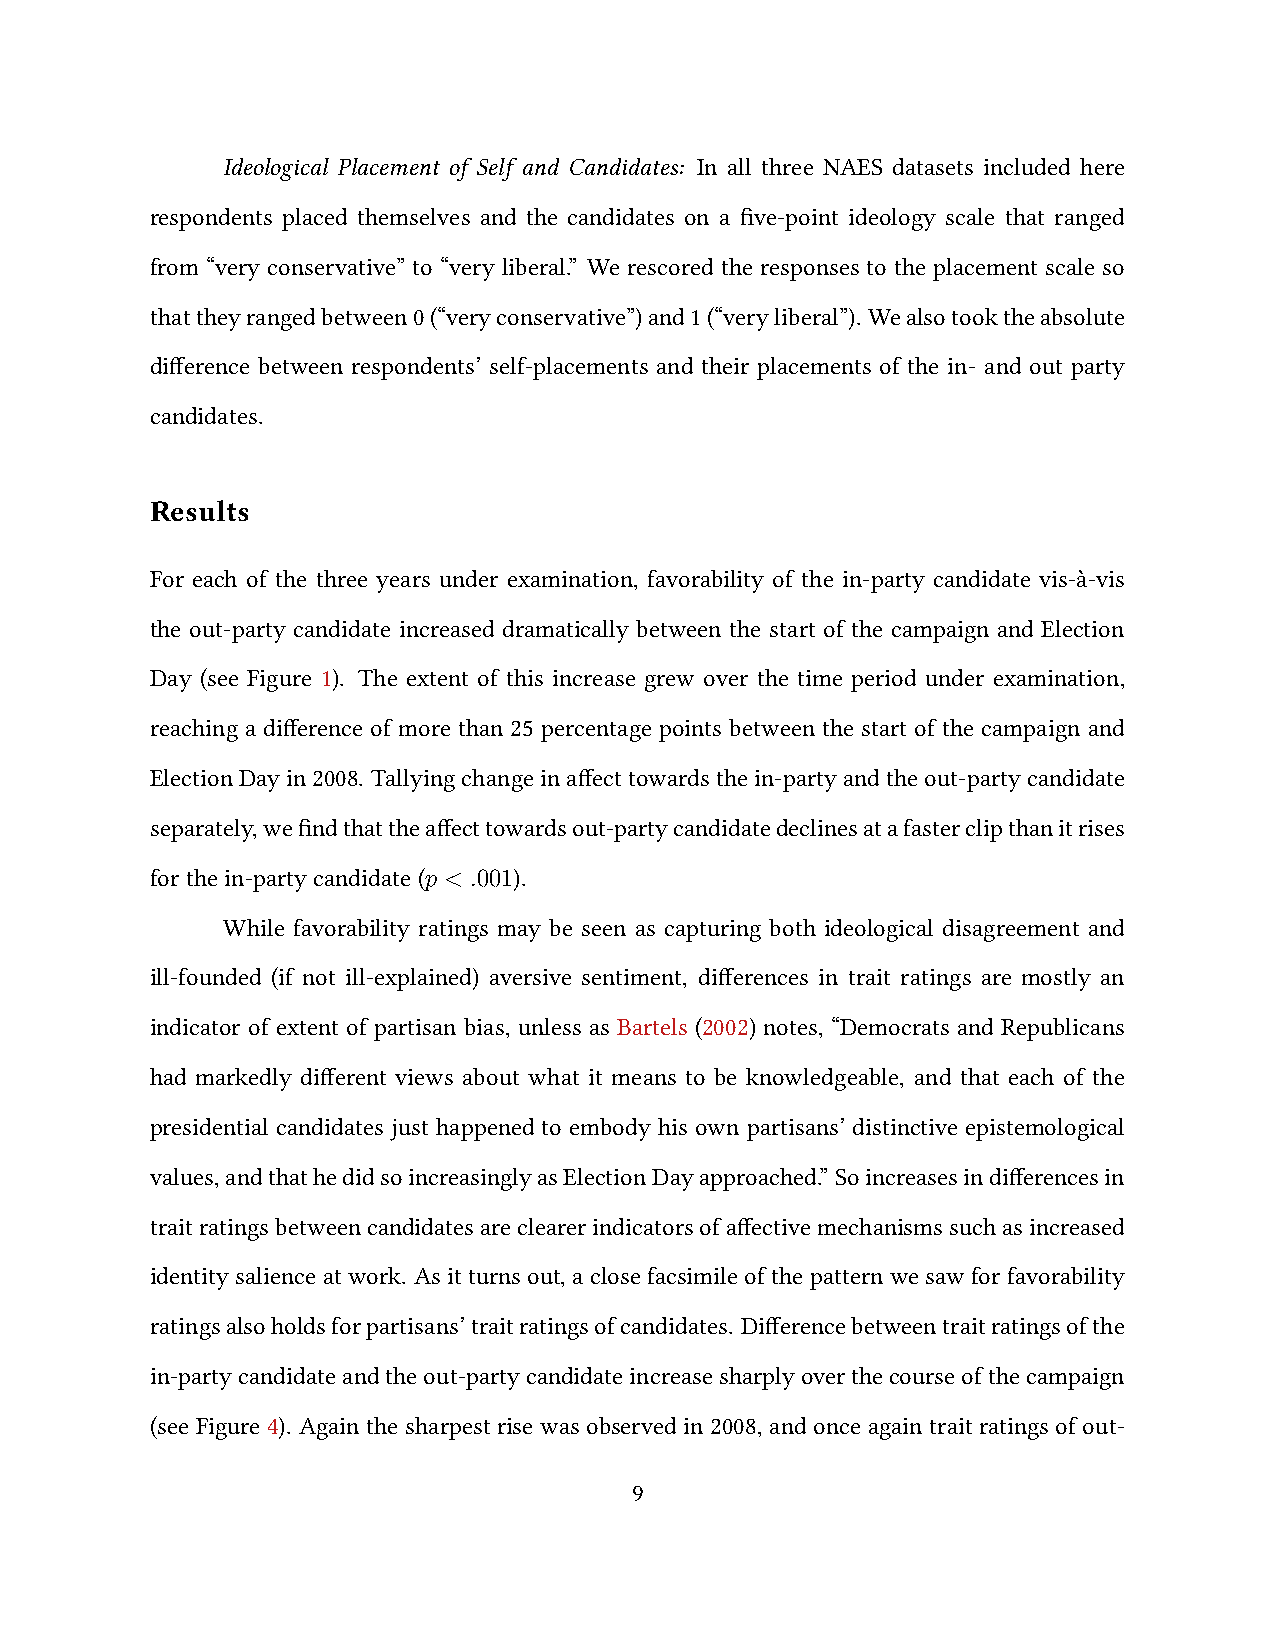
Ideological Placement of Self and Candidates: In all three NAES datasets included here
 respondents placed themselves and the candidates on a five-point ideology scale that ranged
 from “very conservative” to “very liberal.” We rescored the responses to the placement scale so
 thattheyrangedbetween0(“veryconservative”)and1(“veryliberal”). Wealsotooktheabsolute
 difference between respondents’ self-placements and their placements of the in- and out party
 candidates.
 Results
 For each of the three years under examination, favorability of the in-party candidate vis-à-vis
 the out-party candidate increased dramatically between the start of the campaign and Election
 Day (see Figure 1). The extent of this increase grew over the time period under examination,
 reaching a difference of more than 25 percentage points between the start of the campaign and
 ElectionDayin2008. Tallyingchangeinaffecttowardsthein-partyandtheout-partycandidate
 separately,wefindthattheaffecttowardsout-partycandidatedeclinesatafasterclipthanitrises
 forthein-partycandidate(p < .001).
 While favorability ratings may be seen as capturing both ideological disagreement and
 ill-founded (if not ill-explained) aversive sentiment, differences in trait ratings are mostly an
 indicator of extent of partisan bias, unless as Bartels (2002) notes, “Democrats and Republicans
 had markedly different views about what it means to be knowledgeable, and that each of the
 presidential candidates just happened to embody his own partisans’ distinctive epistemological
 values,andthathedidsoincreasinglyasElectionDayapproached.” Soincreasesindifferencesin
 traitratingsbetweencandidatesareclearerindicatorsofaffectivemechanismssuchasincreased
 identity salience at work. As it turns out, a close facsimile of the pattern we saw for favorability
 ratingsalsoholdsforpartisans’traitratingsofcandidates. Differencebetweentraitratingsofthe
 in-partycandidateandtheout-partycandidateincreasesharplyoverthecourseofthecampaign
 (see Figure 4). Again the sharpest rise was observed in 2008, and once again trait ratings of out-
 9